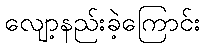
လျော့နည်းခဲ့ကြောင်း